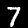
Label: 7